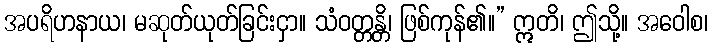
အပရိဟနာယ၊ မဆုတ်ယုတ်ခြင်းငှာ။ သံဝတ္တန္တိ၊ ဖြစ်ကုန်၏။” ဣတိ၊ ဤသို့။ အဝေါစ၊